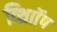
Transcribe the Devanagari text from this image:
व्थ्राॉिंप